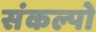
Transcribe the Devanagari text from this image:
संकल्पो